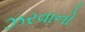
ઝરવાનો